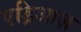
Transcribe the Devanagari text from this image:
एड्रिआज़